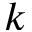
k